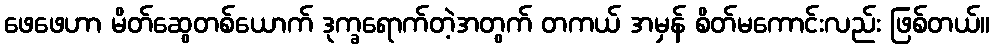
ဖေဖေဟာ မိတ်ဆွေတစ်ယောက် ဒုက္ခရောက်တဲ့အတွက် တကယ် အမှန် စိတ်မကောင်းလည်း ဖြစ်တယ်။